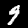
Label: 9